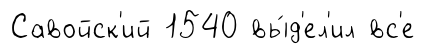
Савойск'ий 1540 вы́д'ел'ил вс'е